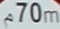
70m